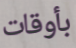
بأوقات